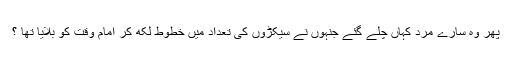
پھر وہ سارے مرد کہاں چلے گئے جنہوں نے سیکڑوں کی تعداد میں خطوط لکھ کر امام وقت کو بلایا تھا ؟